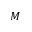
M